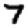
Digit: 7